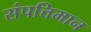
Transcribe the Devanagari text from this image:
संपत्तिमान